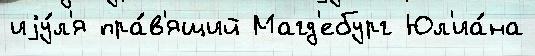
иjу́л'я пра́в'ящий Магд'ебург Юл'иа́на